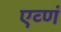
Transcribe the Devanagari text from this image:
एव्णं